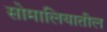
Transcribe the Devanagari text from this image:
सोमालियातील